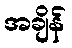
အချိန်